Leaving Certificate Examination (including Day School Certificate (Higher) General paper), 1930
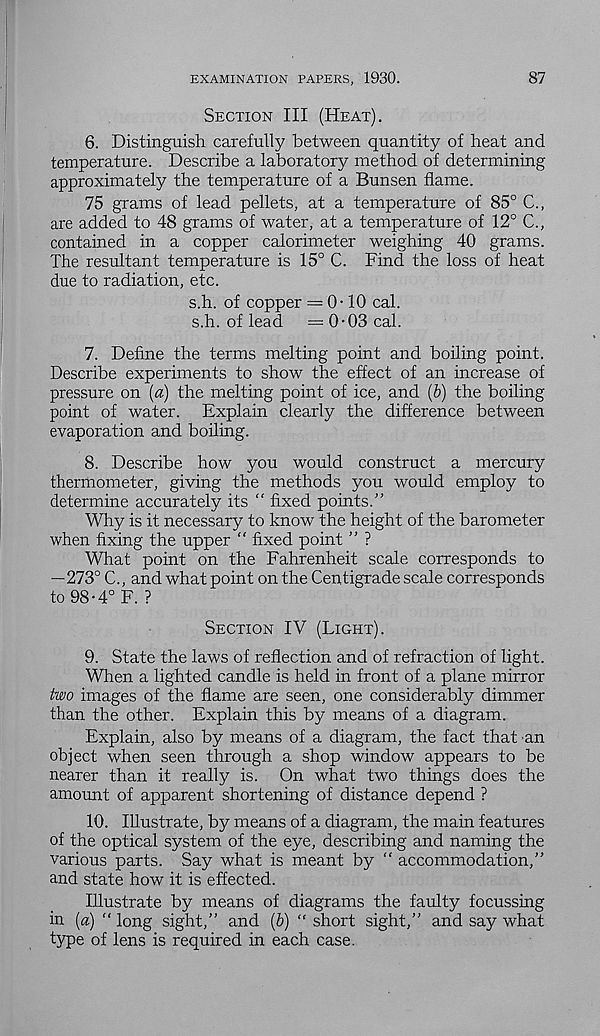
EXAMINATION PAPERS, 1930.
87
Section III (Heat).
6. Distinguish carefully between quantity of heat and
temperature. Describe a laboratory method of determining
approximately the temperature of a Bunsen flame.
75 grams of lead pellets, at a temperature of 85° C.,
are added to 48 grams of water, at a temperature of 12° C.,
contained in a copper calorimeter weighing 40 grams.
The resultant temperature is 15° C. Find the loss of heat
due to radiation, etc.
s.h. of copper ==0-10 cal.
s.h. of lead
=0-03 cal.
7. Define the terms melting point and boiling point.
Describe experiments to show the effect of an increase of
pressure on [a) the melting point of ice, and {b) the boiling
point of water. Explain clearly the difference between
evaporation and boiling.
8. Describe how you would construct a mercury
thermometer, giving the methods you would employ to
determine accurately its “ fixed points.”
Why is it necessary to know the height of the barometer
when fixing the upper ” fixed point ” ?
What point on the Fahrenheit scale corresponds to
—273° C., and what point on the Centigrade scale corresponds
to 98 • 4° F. ?
Section IV (Light).
9. State the laws of reflection and of refraction of light.
When a lighted candle is held in front of a plane mirror
two images of the flame are seen, one considerably dimmer
than the other. Explain this by means of a diagram.
Explain, also by means of a diagram, the fact that an
object when seen through a shop window appears to be
nearer than it really is. On what two things does the
amount of apparent shortening of distance depend ?
10. Illustrate, by means of a diagram, the main features
of the optical system of the eye, describing and naming the
various parts. Say what is meant by ” accommodation,”
and state how it is effected.
Illustrate by means of diagrams the faulty focussing
in [a) “ long sight,” and (b) “ short sight,” and say what
type of lens is required in each case.